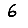
Digit: 6